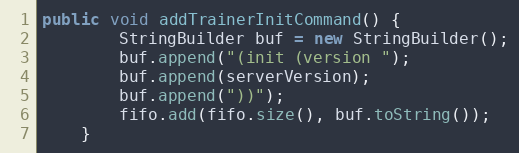
Language: Java
public void addTrainerInitCommand() {
        StringBuilder buf = new StringBuilder();
        buf.append("(init (version ");
        buf.append(serverVersion);
        buf.append("))");
        fifo.add(fifo.size(), buf.toString());
    }